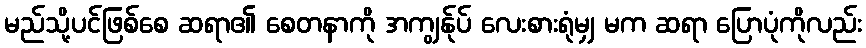
မည်သို့ပင်ဖြစ်စေ ဆရာ၏ စေတနာကို အကျွန်ုပ် လေးစားရုံမျှ မက ဆရာ ပြောပုံကိုလည်း